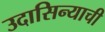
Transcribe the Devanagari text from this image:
उदासिन्याची